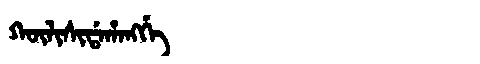
Manchu: ᡴᡡᠯᡳᠰᡳᡩᠠᡥᠠᠩᡤᡝ
Romanization: KŪLISIDAHANGGE